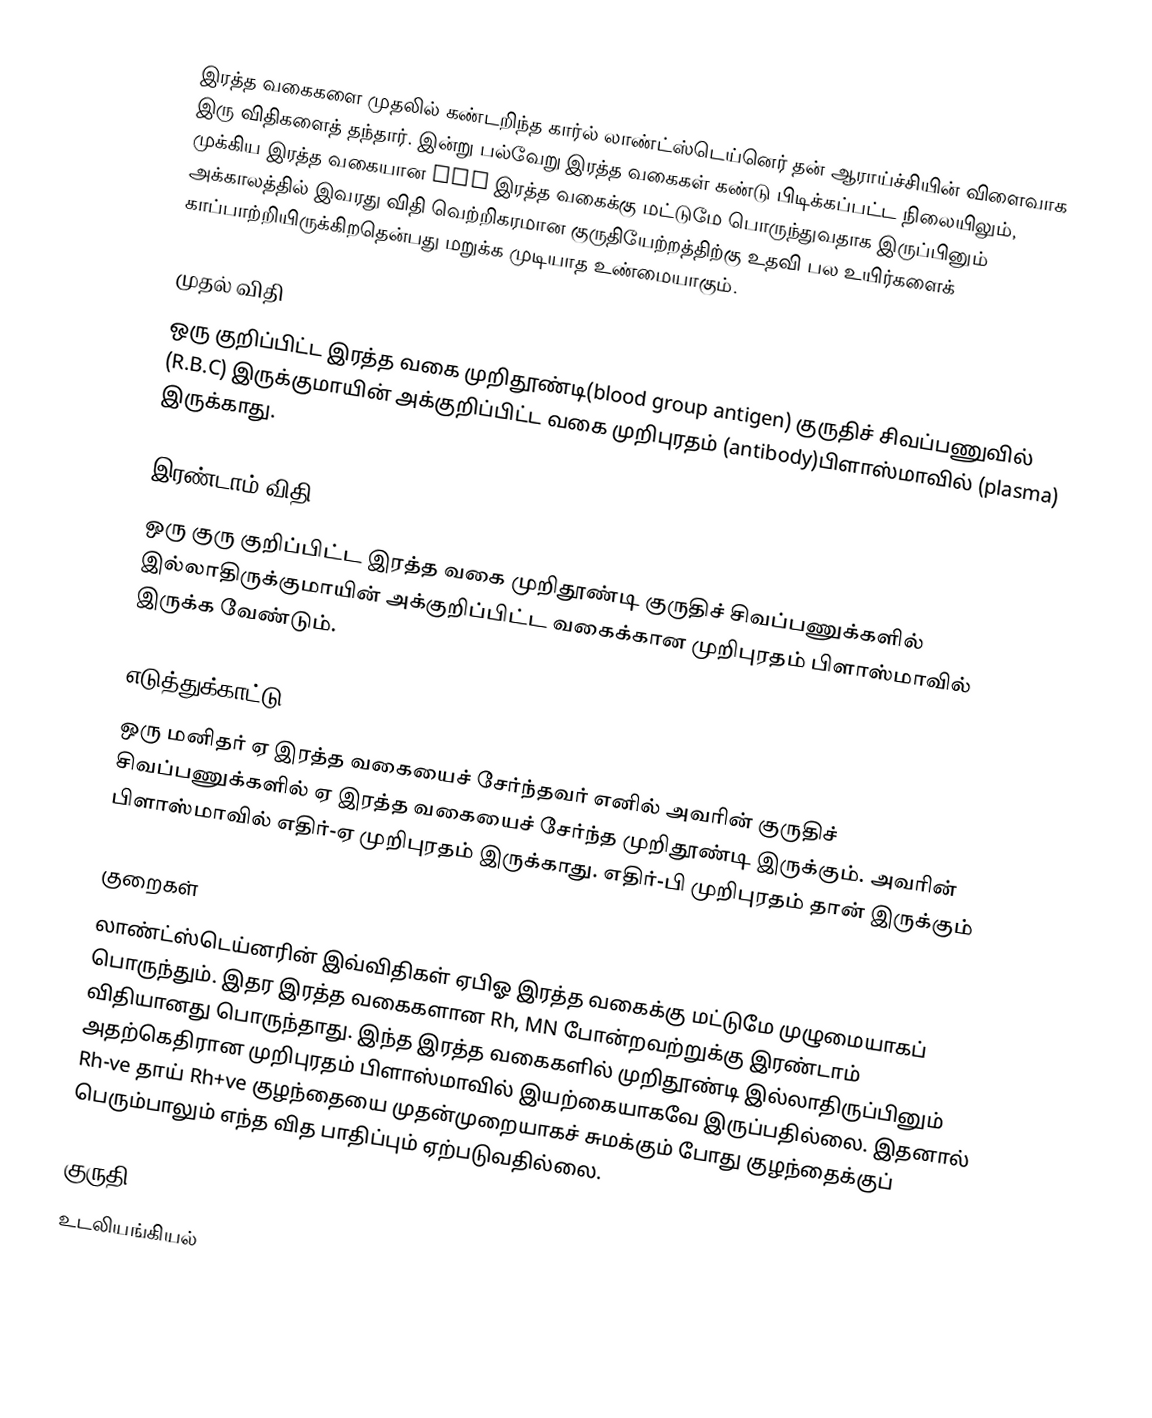
இரத்த வகைகளை முதலில் கண்டறிந்த கார்ல் லாண்ட்ஸ்டெய்னெர் தன் ஆராய்ச்சியின் விளைவாக இரு விதிகளைத் தந்தார். இன்று பல்வேறு இரத்த வகைகள் கண்டு பிடிக்கப்பட்ட நிலையிலும், முக்கிய இரத்த வகையான ABO இரத்த வகைக்கு மட்டுமே பொருந்துவதாக இருப்பினும் அக்காலத்தில் இவரது விதி வெற்றிகரமான குருதியேற்றத்திற்கு உதவி பல உயிர்களைக் காப்பாற்றியிருக்கிறதென்பது மறுக்க முடியாத உண்மையாகும்.

முதல் விதி
ஒரு குறிப்பிட்ட இரத்த வகை முறிதூண்டி(blood group antigen) குருதிச் சிவப்பணுவில் (R.B.C) இருக்குமாயின் அக்குறிப்பிட்ட வகை முறிபுரதம் (antibody)பிளாஸ்மாவில் (plasma) இருக்காது.

இரண்டாம் விதி
ஒரு குரு குறிப்பிட்ட இரத்த வகை முறிதூண்டி குருதிச் சிவப்பணுக்களில் இல்லாதிருக்குமாயின் அக்குறிப்பிட்ட வகைக்கான முறிபுரதம் பிளாஸ்மாவில் இருக்க வேண்டும்.

எடுத்துக்காட்டு
ஒரு மனிதர் ஏ இரத்த வகையைச் சேர்ந்தவர் எனில் அவரின் குருதிச் சிவப்பணுக்களில் ஏ இரத்த வகையைச் சேர்ந்த முறிதூண்டி இருக்கும். அவரின் பிளாஸ்மாவில் எதிர்-ஏ முறிபுரதம் இருக்காது. எதிர்-பி முறிபுரதம் தான் இருக்கும்

குறைகள்
லாண்ட்ஸ்டெய்னரின் இவ்விதிகள் ஏபிஓ இரத்த வகைக்கு மட்டுமே முழுமையாகப் பொருந்தும். இதர இரத்த வகைகளான Rh, MN போன்றவற்றுக்கு இரண்டாம் விதியானது பொருந்தாது. இந்த இரத்த வகைகளில் முறிதூண்டி இல்லாதிருப்பினும் அதற்கெதிரான முறிபுரதம் பிளாஸ்மாவில் இயற்கையாகவே இருப்பதில்லை. இதனால் Rh-ve  தாய் Rh+ve குழந்தையை முதன்முறையாகச் சுமக்கும் போது குழந்தைக்குப் பெரும்பாலும் எந்த வித பாதிப்பும் ஏற்படுவதில்லை.

குருதி
உடலியங்கியல்